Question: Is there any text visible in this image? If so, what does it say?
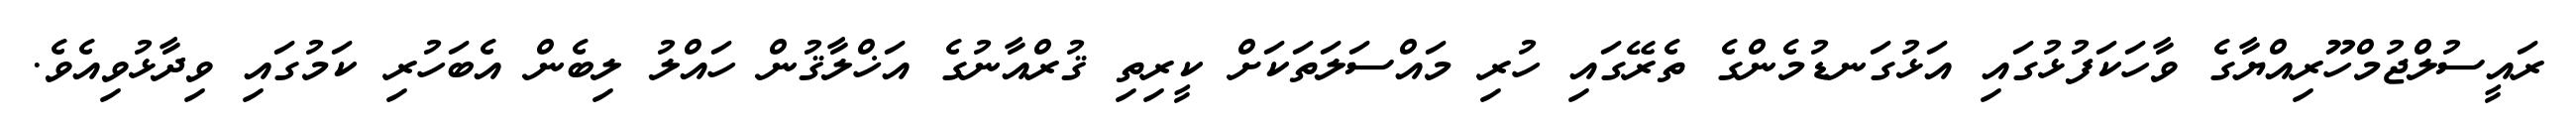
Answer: ރައީސުލްޖުމްހޫރިއްޔާގެ ވާހަކަފުޅުގައި އަޅުގަނޑުމެންގެ ތެރޭގައި ހުރި މައްސަލަތަކަށް ކީރިތި ޤުރްއާނުގެ އަޚްލާޤުން ހައްލު ލިބެން އެބަހުރި ކަމުގައި ވިދާޅުވިއެވެ.